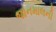
જાનમાલની